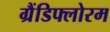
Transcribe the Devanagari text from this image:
ग्रैंडिफ्लोरम